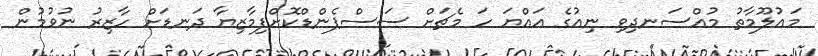
މައުލޫމާތު މުއްސަނދިވި ނިއުގެ އައްޔަ ހަ މެޗަށް ސަސްޕެންޑްކޮށްފިމާޒިޔާ ދަނޑަށް ހާޒިރު ނުވުމުން